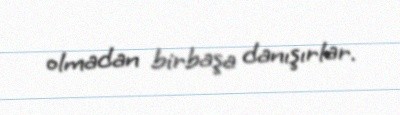
olmadan birbaşa danışırlar.